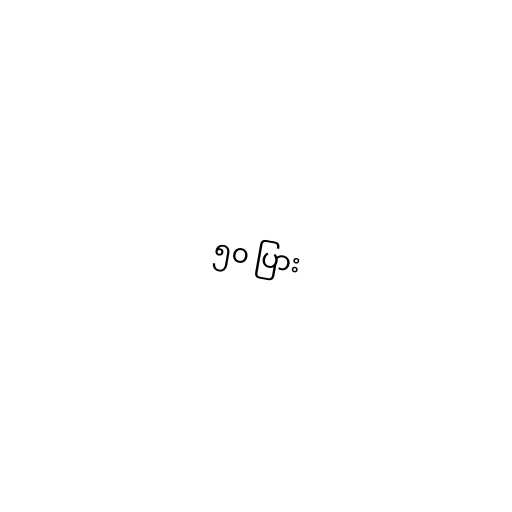
၅၀ ပြား